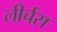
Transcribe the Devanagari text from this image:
लीर्चस